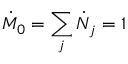
\dot { M } _ { 0 } = \sum _ { j } \dot { N } _ { j } = 1